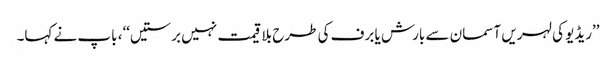
’’ریڈیو کی لہریں آسمان سے بارش یا برف کی طرح بلا قیمت نہیں برستیں‘‘، باپ نے کہا۔